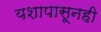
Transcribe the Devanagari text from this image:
यशापासूनही